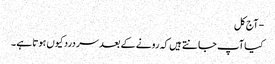
- آج کل
کیا آپ جا نتے ہیں کہ رونے کے بعد سر درد کیوں ہوتا ہے ۔